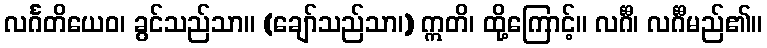
လင်္ဂတိယေဝ၊ ခွင်သည်သာ။ (ချော်သည်သာ၊) ဣတိ၊ ထို့ကြောင့်။ လင်္ဂီ၊ လင်္ဂီမည်၏။